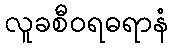
လူခစီဝရဓရာနံ